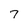
Character: 7